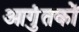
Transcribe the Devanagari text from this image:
आगुंतकों